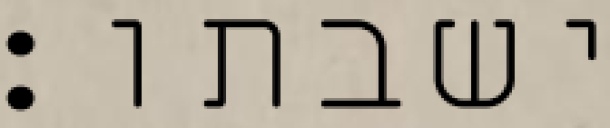
ישבתו׃